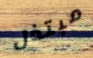
مبتذل